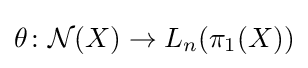
\theta \colon {\mathcal {N}}(X)\rightarrow L_{n}(\pi _{1}(X))